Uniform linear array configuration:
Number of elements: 32
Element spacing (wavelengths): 0.5
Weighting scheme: kaiser
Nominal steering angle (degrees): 60
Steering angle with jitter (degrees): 61.454
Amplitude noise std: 0.05
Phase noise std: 0.05

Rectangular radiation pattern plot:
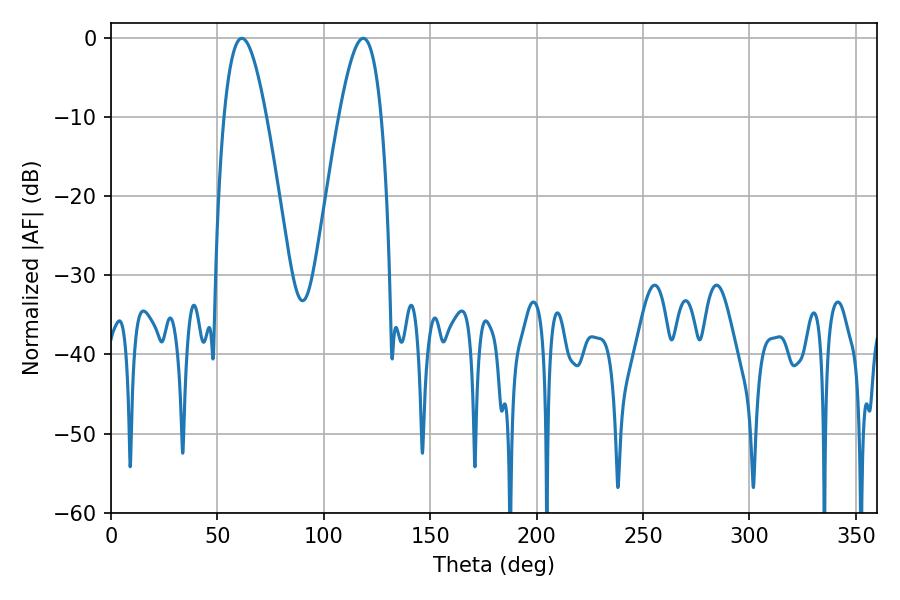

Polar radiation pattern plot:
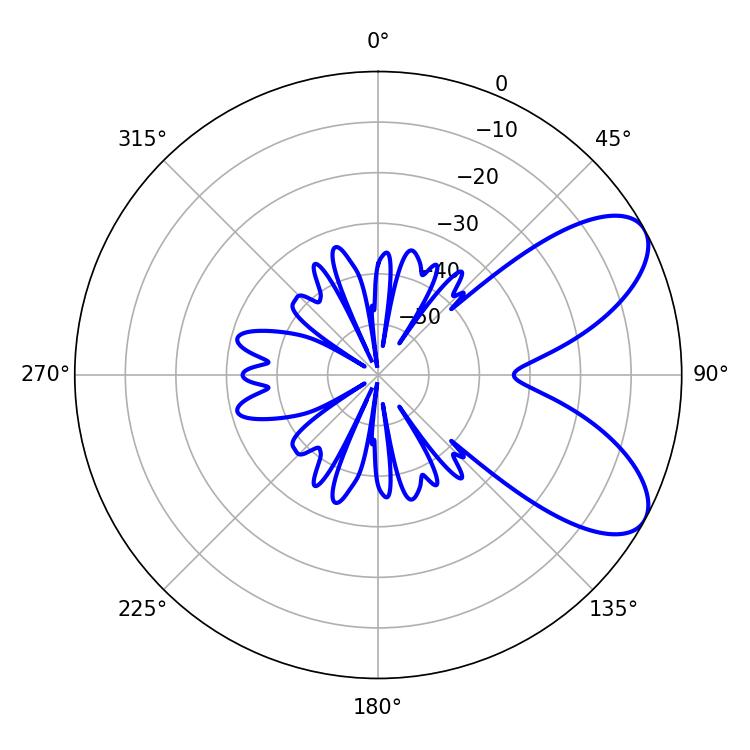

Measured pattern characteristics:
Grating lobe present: FALSE
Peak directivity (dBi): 7.437
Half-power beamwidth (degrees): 10.8
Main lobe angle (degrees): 61.56